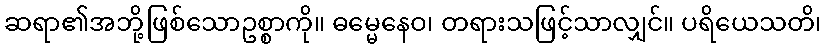
ဆရာ၏အဘို့ဖြစ်သောဥစ္စာကို။ ဓမ္မေနေဝ၊ တရားသဖြင့်သာလျှင်။ ပရိယေသတိ၊